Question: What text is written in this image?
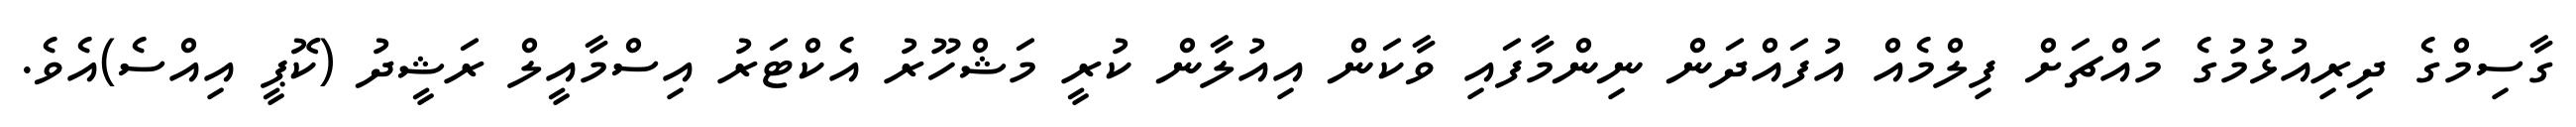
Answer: ގާސިމްގެ ދިރިއުޅުމުގެ މައްޗަށް ފިލްމެއް އުފައްދަން ނިންމާފައި ވާކަން އިއުލާން ކުރީ މަޝްހޫރު އެކްޓަރު އިސްމާއީލް ރަޝީދު (ކޮޕީ އިއްސެ)އެވެ.